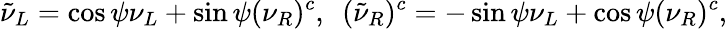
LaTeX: \tilde{\nu}_{L}=\cos\psi\nu_{L}+\sin\psi(\nu_{R})^{c},\, \, \, (\tilde{\nu}_{R})^{c}=-\sin\psi\nu_{L}+\cos\psi(\nu_{R})^{c},